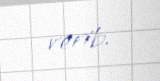
verib.